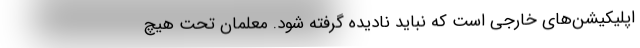
اپلیکیشن‌های خارجی است که نباید نادیده گرفته شود. معلمان تحت هیچ